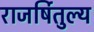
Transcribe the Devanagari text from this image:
राजर्षितुल्य